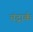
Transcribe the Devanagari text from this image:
चंद्रार्क